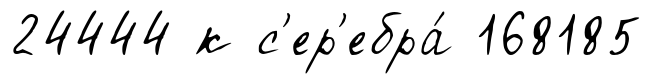
24444 к с'ер'ебра́ 168185